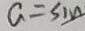
\alpha = \sin